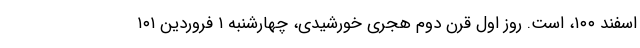
اسفند ۱۰۰، است. روز اول قرن دوم هجری خورشیدی، چهارشنبه ۱ فروردین ۱۰۱